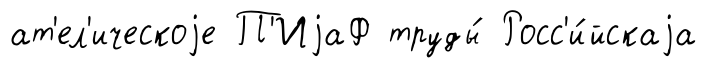
ат'ел'ическоjе П'ИjаФ труды́ Росс'и́йскаjа